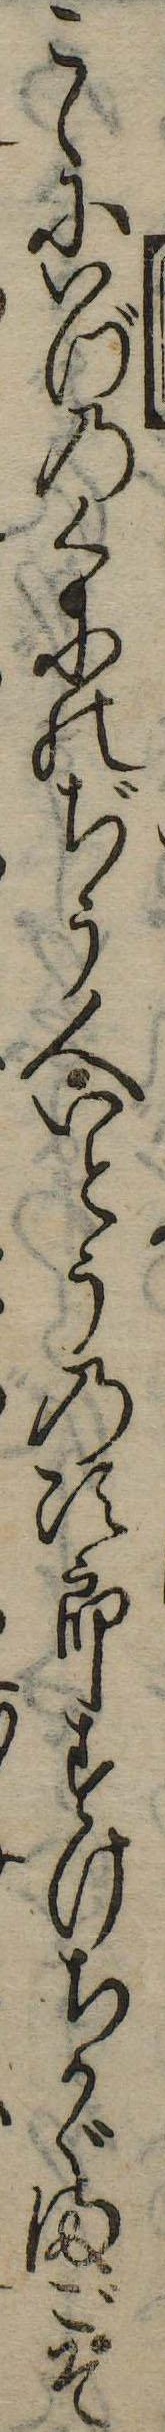
こゝにいづのくにのぢう人いとうの次郎すけちかゞまごそ